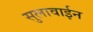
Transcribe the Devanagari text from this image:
सुलावाईन